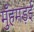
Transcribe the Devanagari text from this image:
मुँहमड़ई